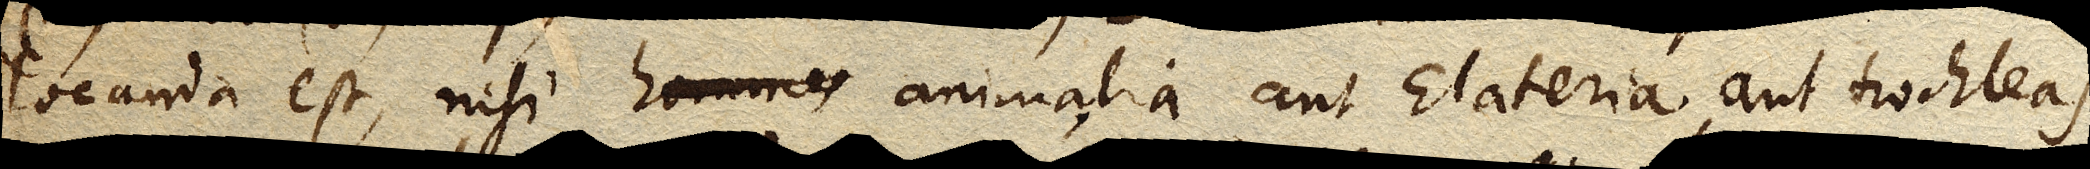
locanda est, nisi homines animalia aut Elateria, aut trochleas